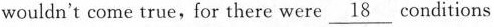
wouldn't come true, for there were \underline{18} conditions